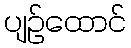
ပျဉ်ထောင်